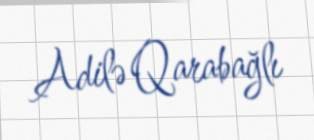
Adilə Qarabağlı